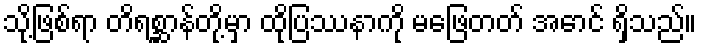
သို့ဖြစ်ရာ တိရစ္ဆာန်တို့မှာ ထိုပြဿနာကို မဖြေတတ် အောင် ရှိသည်။